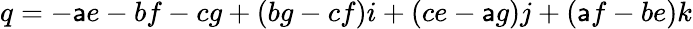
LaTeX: q=-\mathsf{a}e-bf-cg+(bg-cf)i+(ce-\mathsf{a}g)j+(\mathsf{a}f-be)k